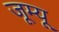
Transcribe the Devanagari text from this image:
जूम्यू